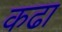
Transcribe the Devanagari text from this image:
कढा